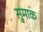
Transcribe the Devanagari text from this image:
सुमाक